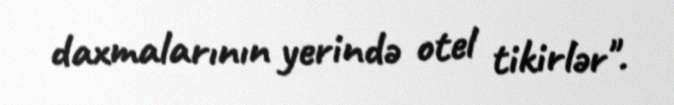
daxmalarının yerində otel tikirlər".